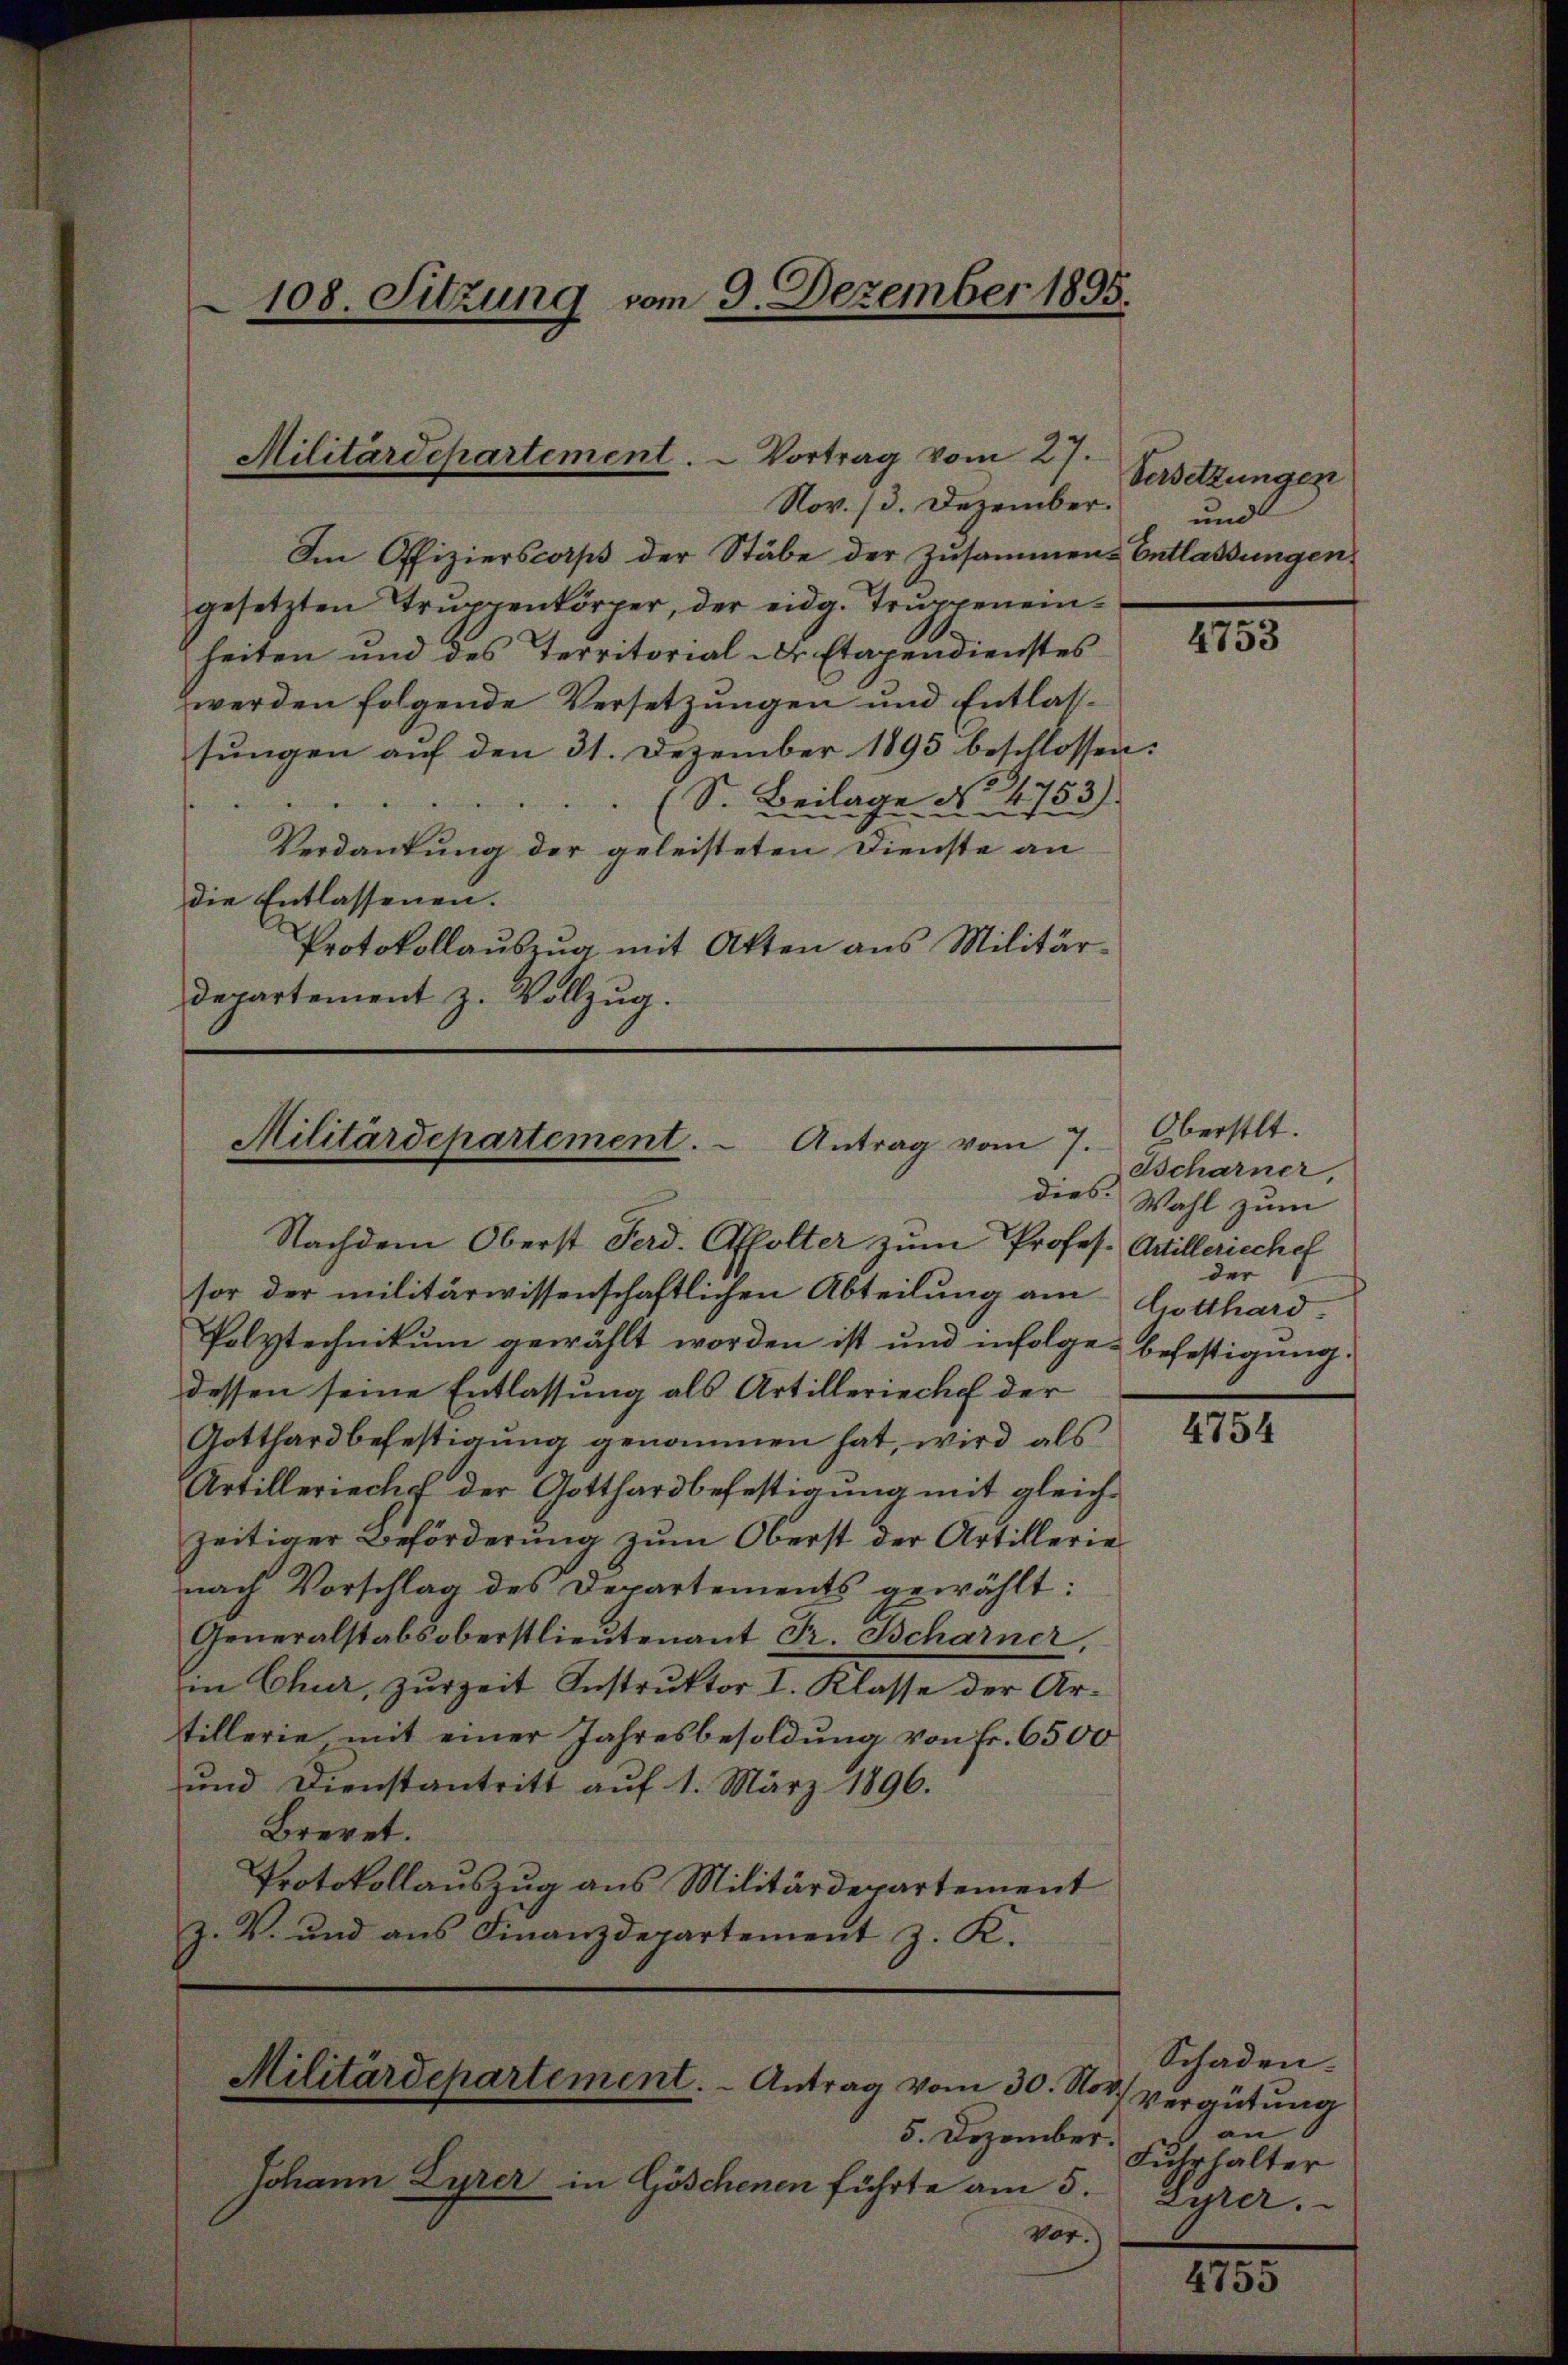
108. Sitzung vom 9. Dezember 1895.

Militärdepartement. - Vortrag vom 27.
Nov. 13. Dezember.

Militärdepartement.  Antrag vom 7.
dies

Nachdem Oberst Ferd. Affolter zum Profes. Artilleriechef

Im Offizierscorps der Stäbe der Zusammen-Entlassungen
gesetzten Trŭppenkörper, der eidg. Trŭppeneinheiten und des Territorial Dr Etapendienstes
werden folgende Versetzungen und Entlassungen auf den 31. Dezember 1895 beschlossen:
(S. Beilage No. 4753).
Verdankung der geleisteten Dienste an
die Entlassenen.
Protokollauszug mit Akten aus Militär-
departement z. Vollzug.

sor der militärwissenschaftlichen Abteilung am
Polytechnikum gewählt worden ist und infolge befestigung.
dessen seine Entlassung als Artilleriechef der
Gotthardbefestigung genommen hat, wird als
Artillerieche der Gotthardbefestigung mit gleichzeitiger Beförderung zum Oberst der Artillerienach Vorschlag des Departements gewählt:
Generalstabsoberstlieutenant Fr. Scharner,
in Chur, zurzeit Instruktor I. Klasse der Artillerie mit einer Jahresbesoldung von Fr. 6500
und Dienstantritt auf 1. März 1896.
Brevet.
Protokollauszug aus Militärdepartement
Z. V. und aus Finanzdepartement z. K.
Militärdepartement. - Antrag vom 30. Nov. Vergütŭng

Versetzungen
und

5. Dezember.
Johann Lyrer in Göschenen führte am 5.
vor.

4753

Oberstlt.
Tscharner,
Wahl zum
der
lotthard

4754

Schaden.
an
Fuhrhalter
Syrer.

1
4735